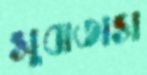
সুবাতাস